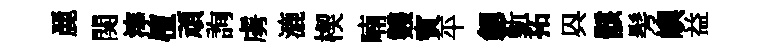
䴡関滓檀頑詢虜漉楔喃䨇賓平劔斳拓㒷骸髣嶼益